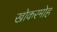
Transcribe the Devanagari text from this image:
खोकरमोह